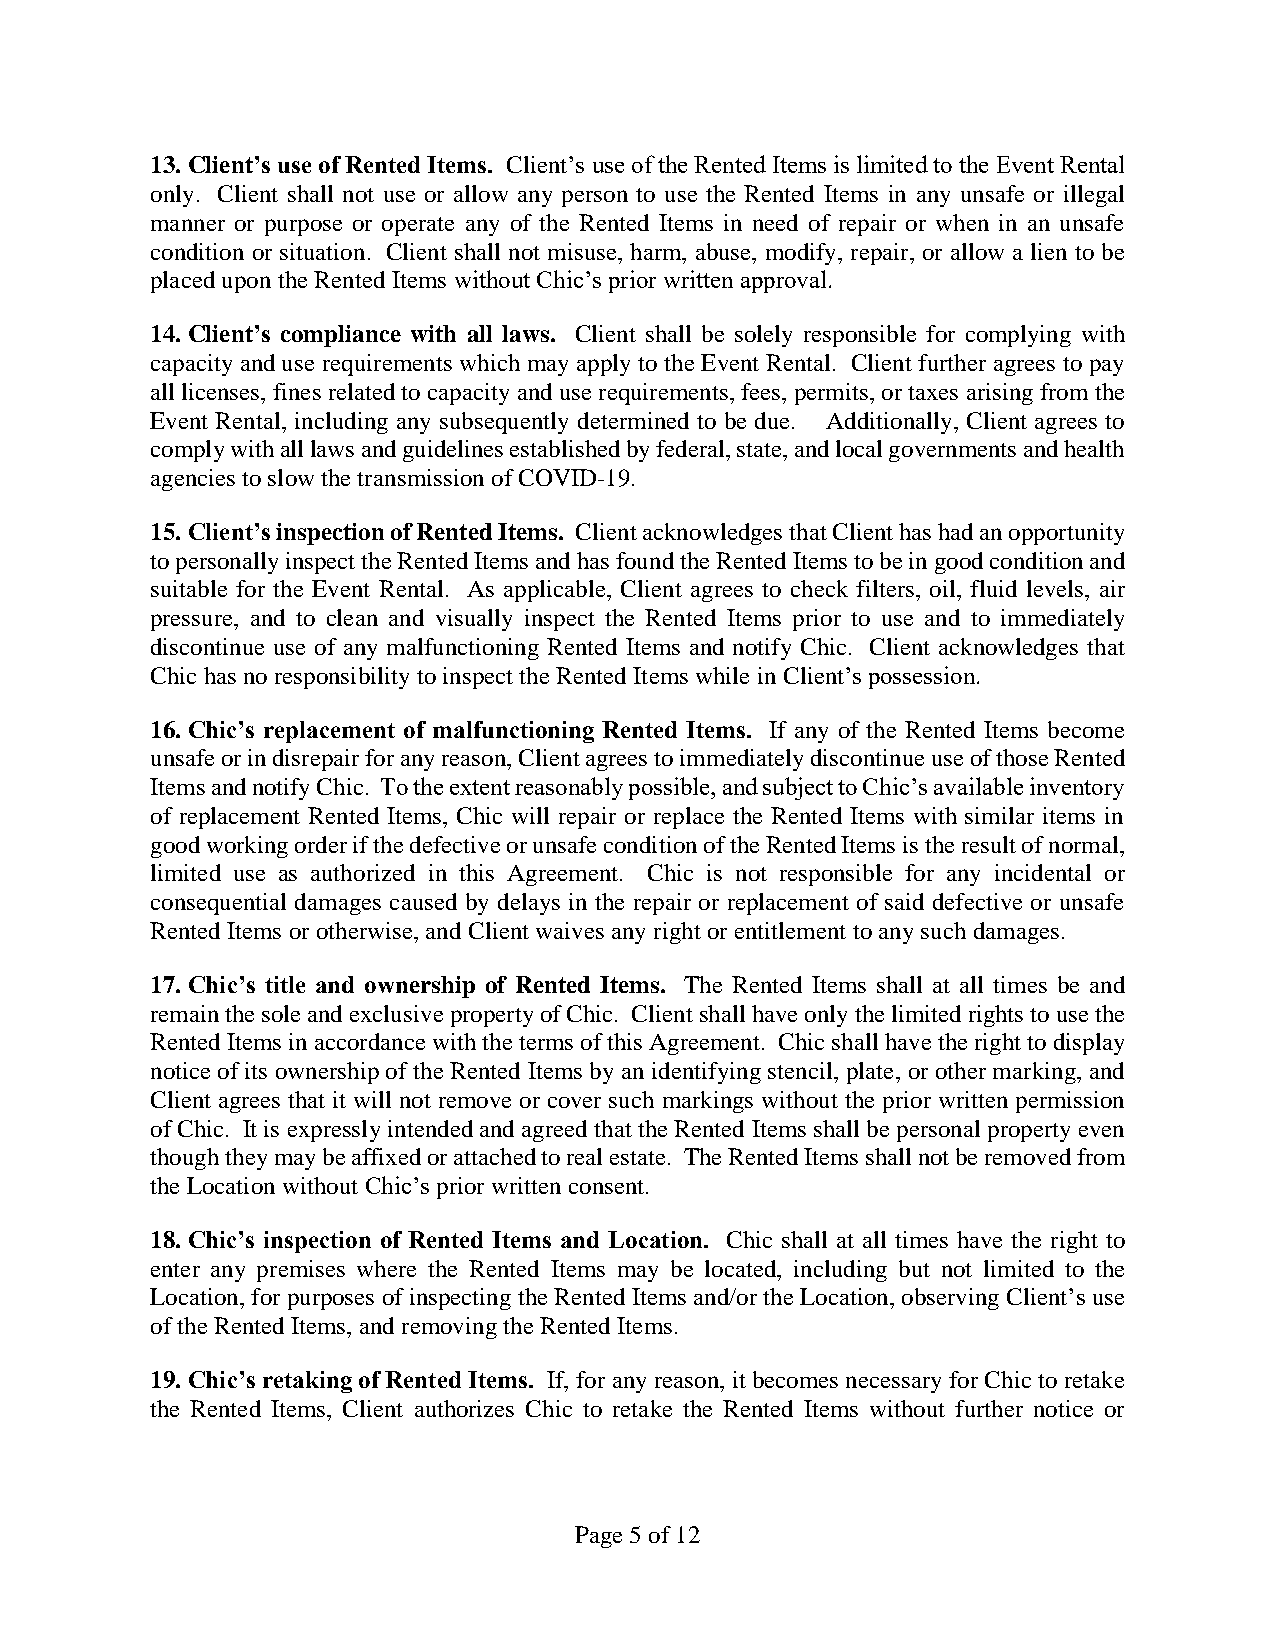
13. Client’s use of Rented Items. Client’s use of the Rented Items is limited to the Event Rental
 only. Client shall not use or allow any person to use the Rented Items in any unsafe or illegal
 manner or purpose or operate any of the Rented Items in need of repair or when in an unsafe
 condition or situation. Client shall not misuse, harm, abuse, modify, repair, or allow a lien to be
 placed upon the Rented Items without Chic’s prior written approval.
 14. Client’s compliance with all laws. Client shall be solely responsible for complying with
 capacity and use requirements which may apply to the Event Rental. Client further agrees to pay
 all licenses, fines related to capacity and use requirements, fees, permits, or taxes arising from the
 Event Rental, including any subsequently determined to be due. Additionally, Client agrees to
 comply with all laws and guidelines established by federal, state, and local governments and health
 agencies to slow the transmission of COVID-19.
 15. Client’s inspection of Rented Items. Client acknowledges that Client has had an opportunity
 to personally inspect the Rented Items and has found the Rented Items to be in good condition and
 suitable for the Event Rental. As applicable, Client agrees to check filters, oil, fluid levels, air
 pressure, and to clean and visually inspect the Rented Items prior to use and to immediately
 discontinue use of any malfunctioning Rented Items and notify Chic. Client acknowledges that
 Chic has no responsibility to inspect the Rented Items while in Client’s possession.
 16. Chic’s replacement of malfunctioning Rented Items. If any of the Rented Items become
 unsafe or in disrepair for any reason, Client agrees to immediately discontinue use of those Rented
 Items and notify Chic. To the extent reasonably possible, and subject to Chic’s available inventory
 of replacement Rented Items, Chic will repair or replace the Rented Items with similar items in
 good working order if the defective or unsafe condition of the Rented Items is the result of normal,
 limited use as authorized in this Agreement. Chic is not responsible for any incidental or
 consequential damages caused by delays in the repair or replacement of said defective or unsafe
 Rented Items or otherwise, and Client waives any right or entitlement to any such damages.
 17. Chic’s title and ownership of Rented Items. The Rented Items shall at all times be and
 remain the sole and exclusive property of Chic. Client shall have only the limited rights to use the
 Rented Items in accordance with the terms of this Agreement. Chic shall have the right to display
 notice of its ownership of the Rented Items by an identifying stencil, plate, or other marking, and
 Client agrees that it will not remove or cover such markings without the prior written permission
 of Chic. It is expressly intended and agreed that the Rented Items shall be personal property even
 though they may be affixed or attached to real estate. The Rented Items shall not be removed from
 the Location without Chic’s prior written consent.
 18. Chic’s inspection of Rented Items and Location. Chic shall at all times have the right to
 enter any premises where the Rented Items may be located, including but not limited to the
 Location, for purposes of inspecting the Rented Items and/or the Location, observing Client’s use
 of the Rented Items, and removing the Rented Items.
 19. Chic’s retaking of Rented Items. If, for any reason, it becomes necessary for Chic to retake
 the Rented Items, Client authorizes Chic to retake the Rented Items without further notice or
 Page 5 of 12